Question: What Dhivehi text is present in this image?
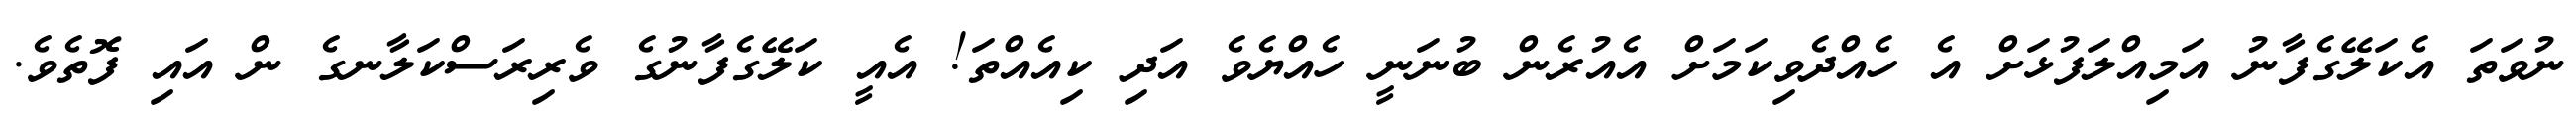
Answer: ނުވަތަ އެކަލޭގެފާނު އަމިއްލަފުޅަށް އެ ހެއްދެވިކަމަށް އެއުރެން ބުނަނީ ހެއްޔެވެ އަދި ކިއެއްތަ! އެއީ ކަލޭގެފާނުގެ ވެރިރަސްކަލާނގެ ން އައި ފޮތެވެ.